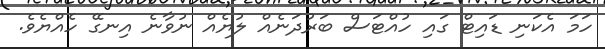
ހަމަ އެކަނި ޑައިޓް ގައި ހުއްޓަސް ބަރުދަނެއް ލުޔެއް ނުވާނެ އިނގޭ ހެއްޔެވެ.